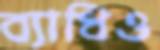
ব্যাধিও